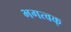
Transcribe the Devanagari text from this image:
भगत्वक्